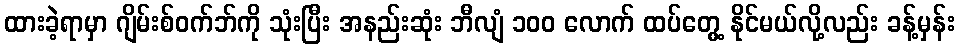
ထားခဲ့ရာမှာ ဂျိမ်းစ်ဝက်ဘ်ကို သုံးပြီး အနည်းဆုံး ဘီလျံ ၁၀၀ လောက် ထပ်တွေ့ နိုင်မယ်လို့လည်း ခန့်မှန်း